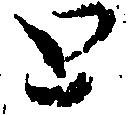
と